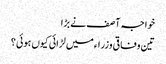
خواجہ آصف نے بڑا
تین وفاقی وزراءمیں لڑائی کیوں ہوئی ؟